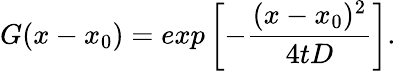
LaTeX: G(x-x_{0})=exp\left[-\frac{(x-x_{0})^{2}}{4tD}\right].